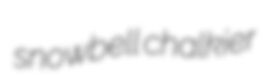
snowbell chalkier